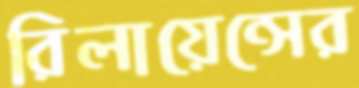
রিলায়েন্সের